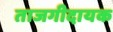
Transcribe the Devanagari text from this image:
ताजगीदायक